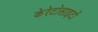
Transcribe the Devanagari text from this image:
केरेटोसाइटों